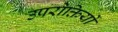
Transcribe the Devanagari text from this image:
उपरोक्तियों